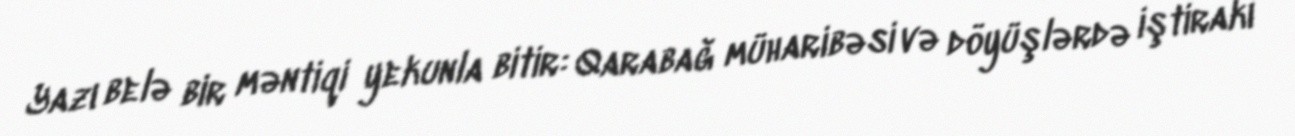
Yazı belə bir məntiqi yekunla bitir: Qarabağ müharibəsi və döyüşlərdə iştirakı